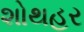
શોથહર